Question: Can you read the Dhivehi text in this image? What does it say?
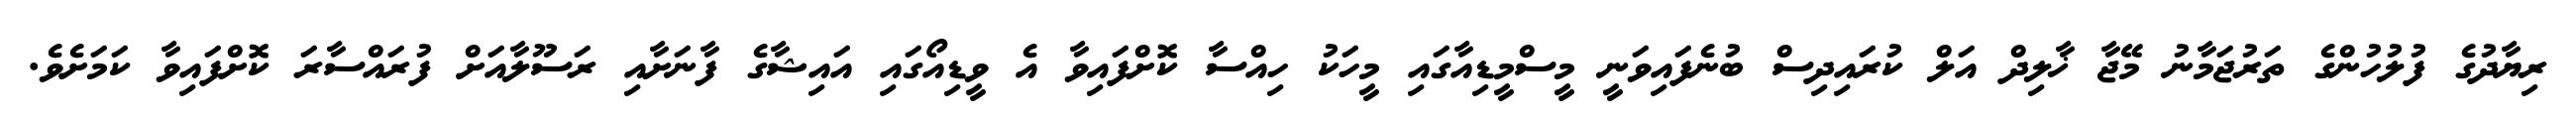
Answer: ރިޔާދުގެ ފުލުހުންގެ ތަރުޖަމާނު މޭޖާ ޚާލިދް އަލް ކުރައިދިސް ބުނެފައިވަނީ މީސްމީޑިއާގައި މީހަކު ހިއްސާ ކޮށްފައިވާ އެ ވީޑިއޯގައި އައިޝާގެ ފާނަށާއި ރަސޫލާއަށް ފުރައްސާރަ ކޮށްފައިވާ ކަމަށެވެ.